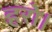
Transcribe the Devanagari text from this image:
हरो।